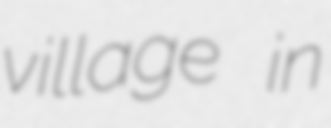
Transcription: village in